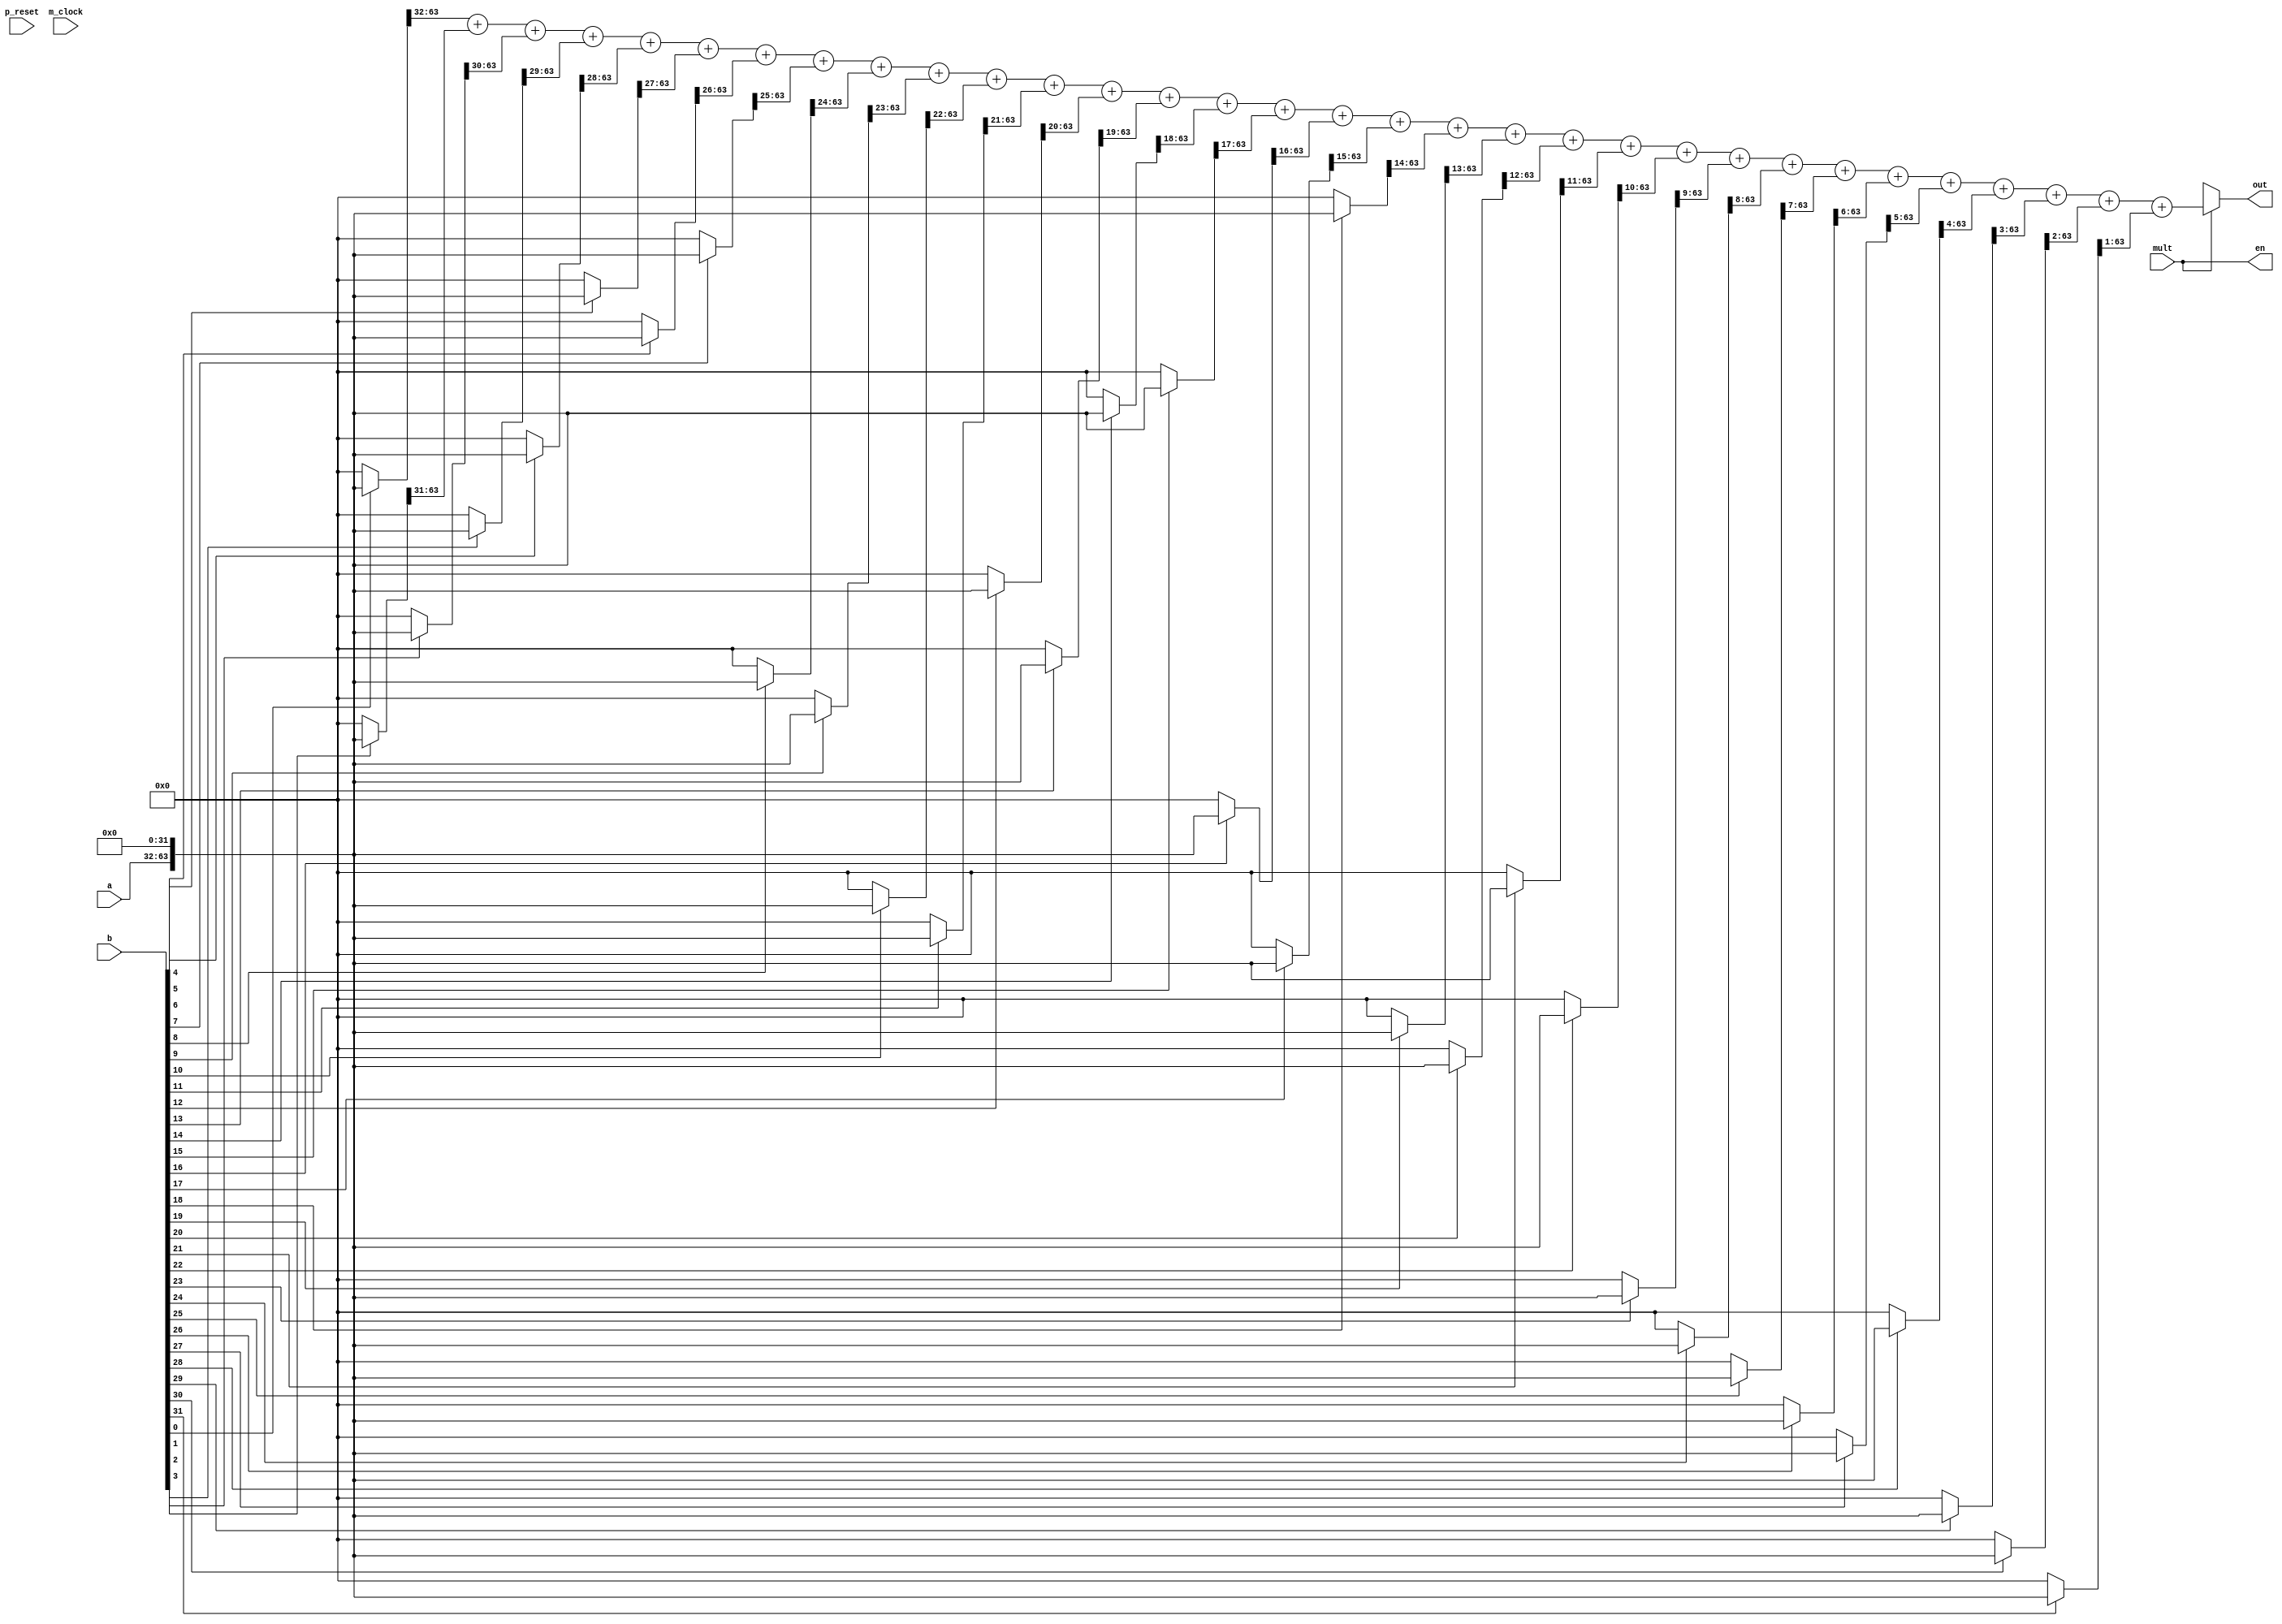
/*
 * This code is produced by: 
 *   FSL Compiler version 0.1 alpha (2020-05-19) build 20E314
 *   Designed by Nobuya WATANABE, Okayama University, 2015-2020.
 * 
 *   Mon Jun 08 23:18:45 JST 2020
 * 
 * The source file of this code: 'mult32.fsl'.
 * 
 * INFO: 
 * 
 */
/* ModuleDef: mult32 */

module mult32(p_reset, m_clock, a, b, out, en, mult);
  input         p_reset;
  wire          p_reset;
  input         m_clock;
  wire          m_clock;
  input  [31:0] a;
  wire   [31:0] a;
  input  [31:0] b;
  wire   [31:0] b;
  output [63:0] out;
  wire   [63:0] out;
  output        en;
  wire          en;
  input         mult;
  wire          mult;
  /* for bundle-type input/output */
  /* local decls */
  wire          __net0;
  wire          __net1;
  wire          __net10;
  wire          __net11;
  wire          __net12;
  wire          __net13;
  wire          __net14;
  wire          __net15;
  wire          __net16;
  wire          __net17;
  wire          __net18;
  wire          __net19;
  wire          __net2;
  wire          __net20;
  wire          __net21;
  wire          __net22;
  wire          __net23;
  wire          __net24;
  wire          __net25;
  wire          __net26;
  wire          __net27;
  wire          __net28;
  wire          __net29;
  wire          __net3;
  wire          __net30;
  wire          __net31;
  wire   [63:0] __net32;
  wire          __net4;
  wire          __net5;
  wire          __net6;
  wire          __net7;
  wire          __net8;
  wire          __net9;
  /* assigns */
  assign __net0 = mult ? b[0:0] == 1'B1 ? 1'b1 : 1'b0 : 1'bx;
  assign __net1 = mult ? b[1:1] == 1'B1 ? 1'b1 : 1'b0 : 1'bx;
  assign __net10 = mult ? b[10:10] == 1'B1 ? 1'b1 : 1'b0 : 1'bx;
  assign __net11 = mult ? b[11:11] == 1'B1 ? 1'b1 : 1'b0 : 1'bx;
  assign __net12 = mult ? b[12:12] == 1'B1 ? 1'b1 : 1'b0 : 1'bx;
  assign __net13 = mult ? b[13:13] == 1'B1 ? 1'b1 : 1'b0 : 1'bx;
  assign __net14 = mult ? b[14:14] == 1'B1 ? 1'b1 : 1'b0 : 1'bx;
  assign __net15 = mult ? b[15:15] == 1'B1 ? 1'b1 : 1'b0 : 1'bx;
  assign __net16 = mult ? b[16:16] == 1'B1 ? 1'b1 : 1'b0 : 1'bx;
  assign __net17 = mult ? b[17:17] == 1'B1 ? 1'b1 : 1'b0 : 1'bx;
  assign __net18 = mult ? b[18:18] == 1'B1 ? 1'b1 : 1'b0 : 1'bx;
  assign __net19 = mult ? b[19:19] == 1'B1 ? 1'b1 : 1'b0 : 1'bx;
  assign __net2 = mult ? b[2:2] == 1'B1 ? 1'b1 : 1'b0 : 1'bx;
  assign __net20 = mult ? b[20:20] == 1'B1 ? 1'b1 : 1'b0 : 1'bx;
  assign __net21 = mult ? b[21:21] == 1'B1 ? 1'b1 : 1'b0 : 1'bx;
  assign __net22 = mult ? b[22:22] == 1'B1 ? 1'b1 : 1'b0 : 1'bx;
  assign __net23 = mult ? b[23:23] == 1'B1 ? 1'b1 : 1'b0 : 1'bx;
  assign __net24 = mult ? b[24:24] == 1'B1 ? 1'b1 : 1'b0 : 1'bx;
  assign __net25 = mult ? b[25:25] == 1'B1 ? 1'b1 : 1'b0 : 1'bx;
  assign __net26 = mult ? b[26:26] == 1'B1 ? 1'b1 : 1'b0 : 1'bx;
  assign __net27 = mult ? b[27:27] == 1'B1 ? 1'b1 : 1'b0 : 1'bx;
  assign __net28 = mult ? b[28:28] == 1'B1 ? 1'b1 : 1'b0 : 1'bx;
  assign __net29 = mult ? b[29:29] == 1'B1 ? 1'b1 : 1'b0 : 1'bx;
  assign __net3 = mult ? b[3:3] == 1'B1 ? 1'b1 : 1'b0 : 1'bx;
  assign __net30 = mult ? b[30:30] == 1'B1 ? 1'b1 : 1'b0 : 1'bx;
  assign __net31 = mult ? b[31:31] == 1'B1 ? 1'b1 : 1'b0 : 1'bx;
  assign __net32 = mult ? 
                     ((b[0:0] == 1'B1 ? 
                       {a, 32'B00000000000000000000000000000000} : 
                       64'B0000000000000000000000000000000000000000000000000000000000000000) >> 32) + ((b[1:1] == 1'B1 ? 
                       {a, 32'B00000000000000000000000000000000} : 
                       64'B0000000000000000000000000000000000000000000000000000000000000000) >> 31) + ((b[2:2] == 1'B1 ? 
                       {a, 32'B00000000000000000000000000000000} : 
                       64'B0000000000000000000000000000000000000000000000000000000000000000) >> 30) + ((b[3:3] == 1'B1 ? 
                       {a, 32'B00000000000000000000000000000000} : 
                       64'B0000000000000000000000000000000000000000000000000000000000000000) >> 29) + ((b[4:4] == 1'B1 ? 
                       {a, 32'B00000000000000000000000000000000} : 
                       64'B0000000000000000000000000000000000000000000000000000000000000000) >> 28) + ((b[5:5] == 1'B1 ? 
                       {a, 32'B00000000000000000000000000000000} : 
                       64'B0000000000000000000000000000000000000000000000000000000000000000) >> 27) + ((b[6:6] == 1'B1 ? 
                       {a, 32'B00000000000000000000000000000000} : 
                       64'B0000000000000000000000000000000000000000000000000000000000000000) >> 26) + ((b[7:7] == 1'B1 ? 
                       {a, 32'B00000000000000000000000000000000} : 
                       64'B0000000000000000000000000000000000000000000000000000000000000000) >> 25) + ((b[8:8] == 1'B1 ? 
                       {a, 32'B00000000000000000000000000000000} : 
                       64'B0000000000000000000000000000000000000000000000000000000000000000) >> 24) + ((b[9:9] == 1'B1 ? 
                       {a, 32'B00000000000000000000000000000000} : 
                       64'B0000000000000000000000000000000000000000000000000000000000000000) >> 23) + ((b[10:10] == 1'B1 ? 
                       {a, 32'B00000000000000000000000000000000} : 
                       64'B0000000000000000000000000000000000000000000000000000000000000000) >> 22) + ((b[11:11] == 1'B1 ? 
                       {a, 32'B00000000000000000000000000000000} : 
                       64'B0000000000000000000000000000000000000000000000000000000000000000) >> 21) + ((b[12:12] == 1'B1 ? 
                       {a, 32'B00000000000000000000000000000000} : 
                       64'B0000000000000000000000000000000000000000000000000000000000000000) >> 20) + ((b[13:13] == 1'B1 ? 
                       {a, 32'B00000000000000000000000000000000} : 
                       64'B0000000000000000000000000000000000000000000000000000000000000000) >> 19) + ((b[14:14] == 1'B1 ? 
                       {a, 32'B00000000000000000000000000000000} : 
                       64'B0000000000000000000000000000000000000000000000000000000000000000) >> 18) + ((b[15:15] == 1'B1 ? 
                       {a, 32'B00000000000000000000000000000000} : 
                       64'B0000000000000000000000000000000000000000000000000000000000000000) >> 17) + ((b[16:16] == 1'B1 ? 
                       {a, 32'B00000000000000000000000000000000} : 
                       64'B0000000000000000000000000000000000000000000000000000000000000000) >> 16) + ((b[17:17] == 1'B1 ? 
                       {a, 32'B00000000000000000000000000000000} : 
                       64'B0000000000000000000000000000000000000000000000000000000000000000) >> 15) + ((b[18:18] == 1'B1 ? 
                       {a, 32'B00000000000000000000000000000000} : 
                       64'B0000000000000000000000000000000000000000000000000000000000000000) >> 14) + ((b[19:19] == 1'B1 ? 
                       {a, 32'B00000000000000000000000000000000} : 
                       64'B0000000000000000000000000000000000000000000000000000000000000000) >> 13) + ((b[20:20] == 1'B1 ? 
                       {a, 32'B00000000000000000000000000000000} : 
                       64'B0000000000000000000000000000000000000000000000000000000000000000) >> 12) + ((b[21:21] == 1'B1 ? 
                       {a, 32'B00000000000000000000000000000000} : 
                       64'B0000000000000000000000000000000000000000000000000000000000000000) >> 11) + ((b[22:22] == 1'B1 ? 
                       {a, 32'B00000000000000000000000000000000} : 
                       64'B0000000000000000000000000000000000000000000000000000000000000000) >> 10) + ((b[23:23] == 1'B1 ? 
                       {a, 32'B00000000000000000000000000000000} : 
                       64'B0000000000000000000000000000000000000000000000000000000000000000) >> 9) + ((b[24:24] == 1'B1 ? 
                       {a, 32'B00000000000000000000000000000000} : 
                       64'B0000000000000000000000000000000000000000000000000000000000000000) >> 8) + ((b[25:25] == 1'B1 ? 
                       {a, 32'B00000000000000000000000000000000} : 
                       64'B0000000000000000000000000000000000000000000000000000000000000000) >> 7) + ((b[26:26] == 1'B1 ? 
                       {a, 32'B00000000000000000000000000000000} : 
                       64'B0000000000000000000000000000000000000000000000000000000000000000) >> 6) + ((b[27:27] == 1'B1 ? 
                       {a, 32'B00000000000000000000000000000000} : 
                       64'B0000000000000000000000000000000000000000000000000000000000000000) >> 5) + ((b[28:28] == 1'B1 ? 
                       {a, 32'B00000000000000000000000000000000} : 
                       64'B0000000000000000000000000000000000000000000000000000000000000000) >> 4) + ((b[29:29] == 1'B1 ? 
                       {a, 32'B00000000000000000000000000000000} : 
                       64'B0000000000000000000000000000000000000000000000000000000000000000) >> 3) + ((b[30:30] == 1'B1 ? 
                       {a, 32'B00000000000000000000000000000000} : 
                       64'B0000000000000000000000000000000000000000000000000000000000000000) >> 2) + ((b[31:31] == 1'B1 ? 
                       {a, 32'B00000000000000000000000000000000} : 
                       64'B0000000000000000000000000000000000000000000000000000000000000000) >> 1) : 
                     64'bx;
  assign __net4 = mult ? b[4:4] == 1'B1 ? 1'b1 : 1'b0 : 1'bx;
  assign __net5 = mult ? b[5:5] == 1'B1 ? 1'b1 : 1'b0 : 1'bx;
  assign __net6 = mult ? b[6:6] == 1'B1 ? 1'b1 : 1'b0 : 1'bx;
  assign __net7 = mult ? b[7:7] == 1'B1 ? 1'b1 : 1'b0 : 1'bx;
  assign __net8 = mult ? b[8:8] == 1'B1 ? 1'b1 : 1'b0 : 1'bx;
  assign __net9 = mult ? b[9:9] == 1'B1 ? 1'b1 : 1'b0 : 1'bx;
  assign out = mult ? __net32 : 64'bx;
  /* invokes */
  /* private function */
  assign en = mult;
  /* defs */
  /* FunDef mult */
  /*   parameter: a: Bit(32) */
  /*   parameter: b: Bit(32) */
endmodule
/* End of file (mult32.v) */